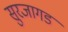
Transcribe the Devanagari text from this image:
सुरजागड